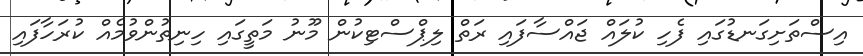
އިސްތަށިގަނޑުގައި ފެހި ކުލައް ޖައްސާފައި ރަތް ލިޕްސްޓިކުން މޫނު މަތީގައި ހިނިތުންވުމެއް ކުރަހާފައި